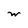
Character: w